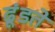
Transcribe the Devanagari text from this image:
ढूंडते